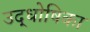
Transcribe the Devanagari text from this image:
उद्धोषिका